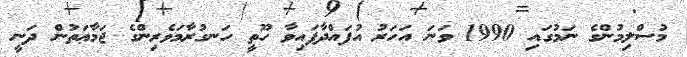
މުސްލިމުންގެ ނަމުގައި 1990 ވަނަ އަހަރު އުފައްދާފައިވާ ހޫތީ ހަނގުރާމަވެރިންގެ ޖަމާޢަތުން ދަނީ